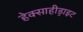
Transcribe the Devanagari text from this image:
हेक्साहीड्राइट